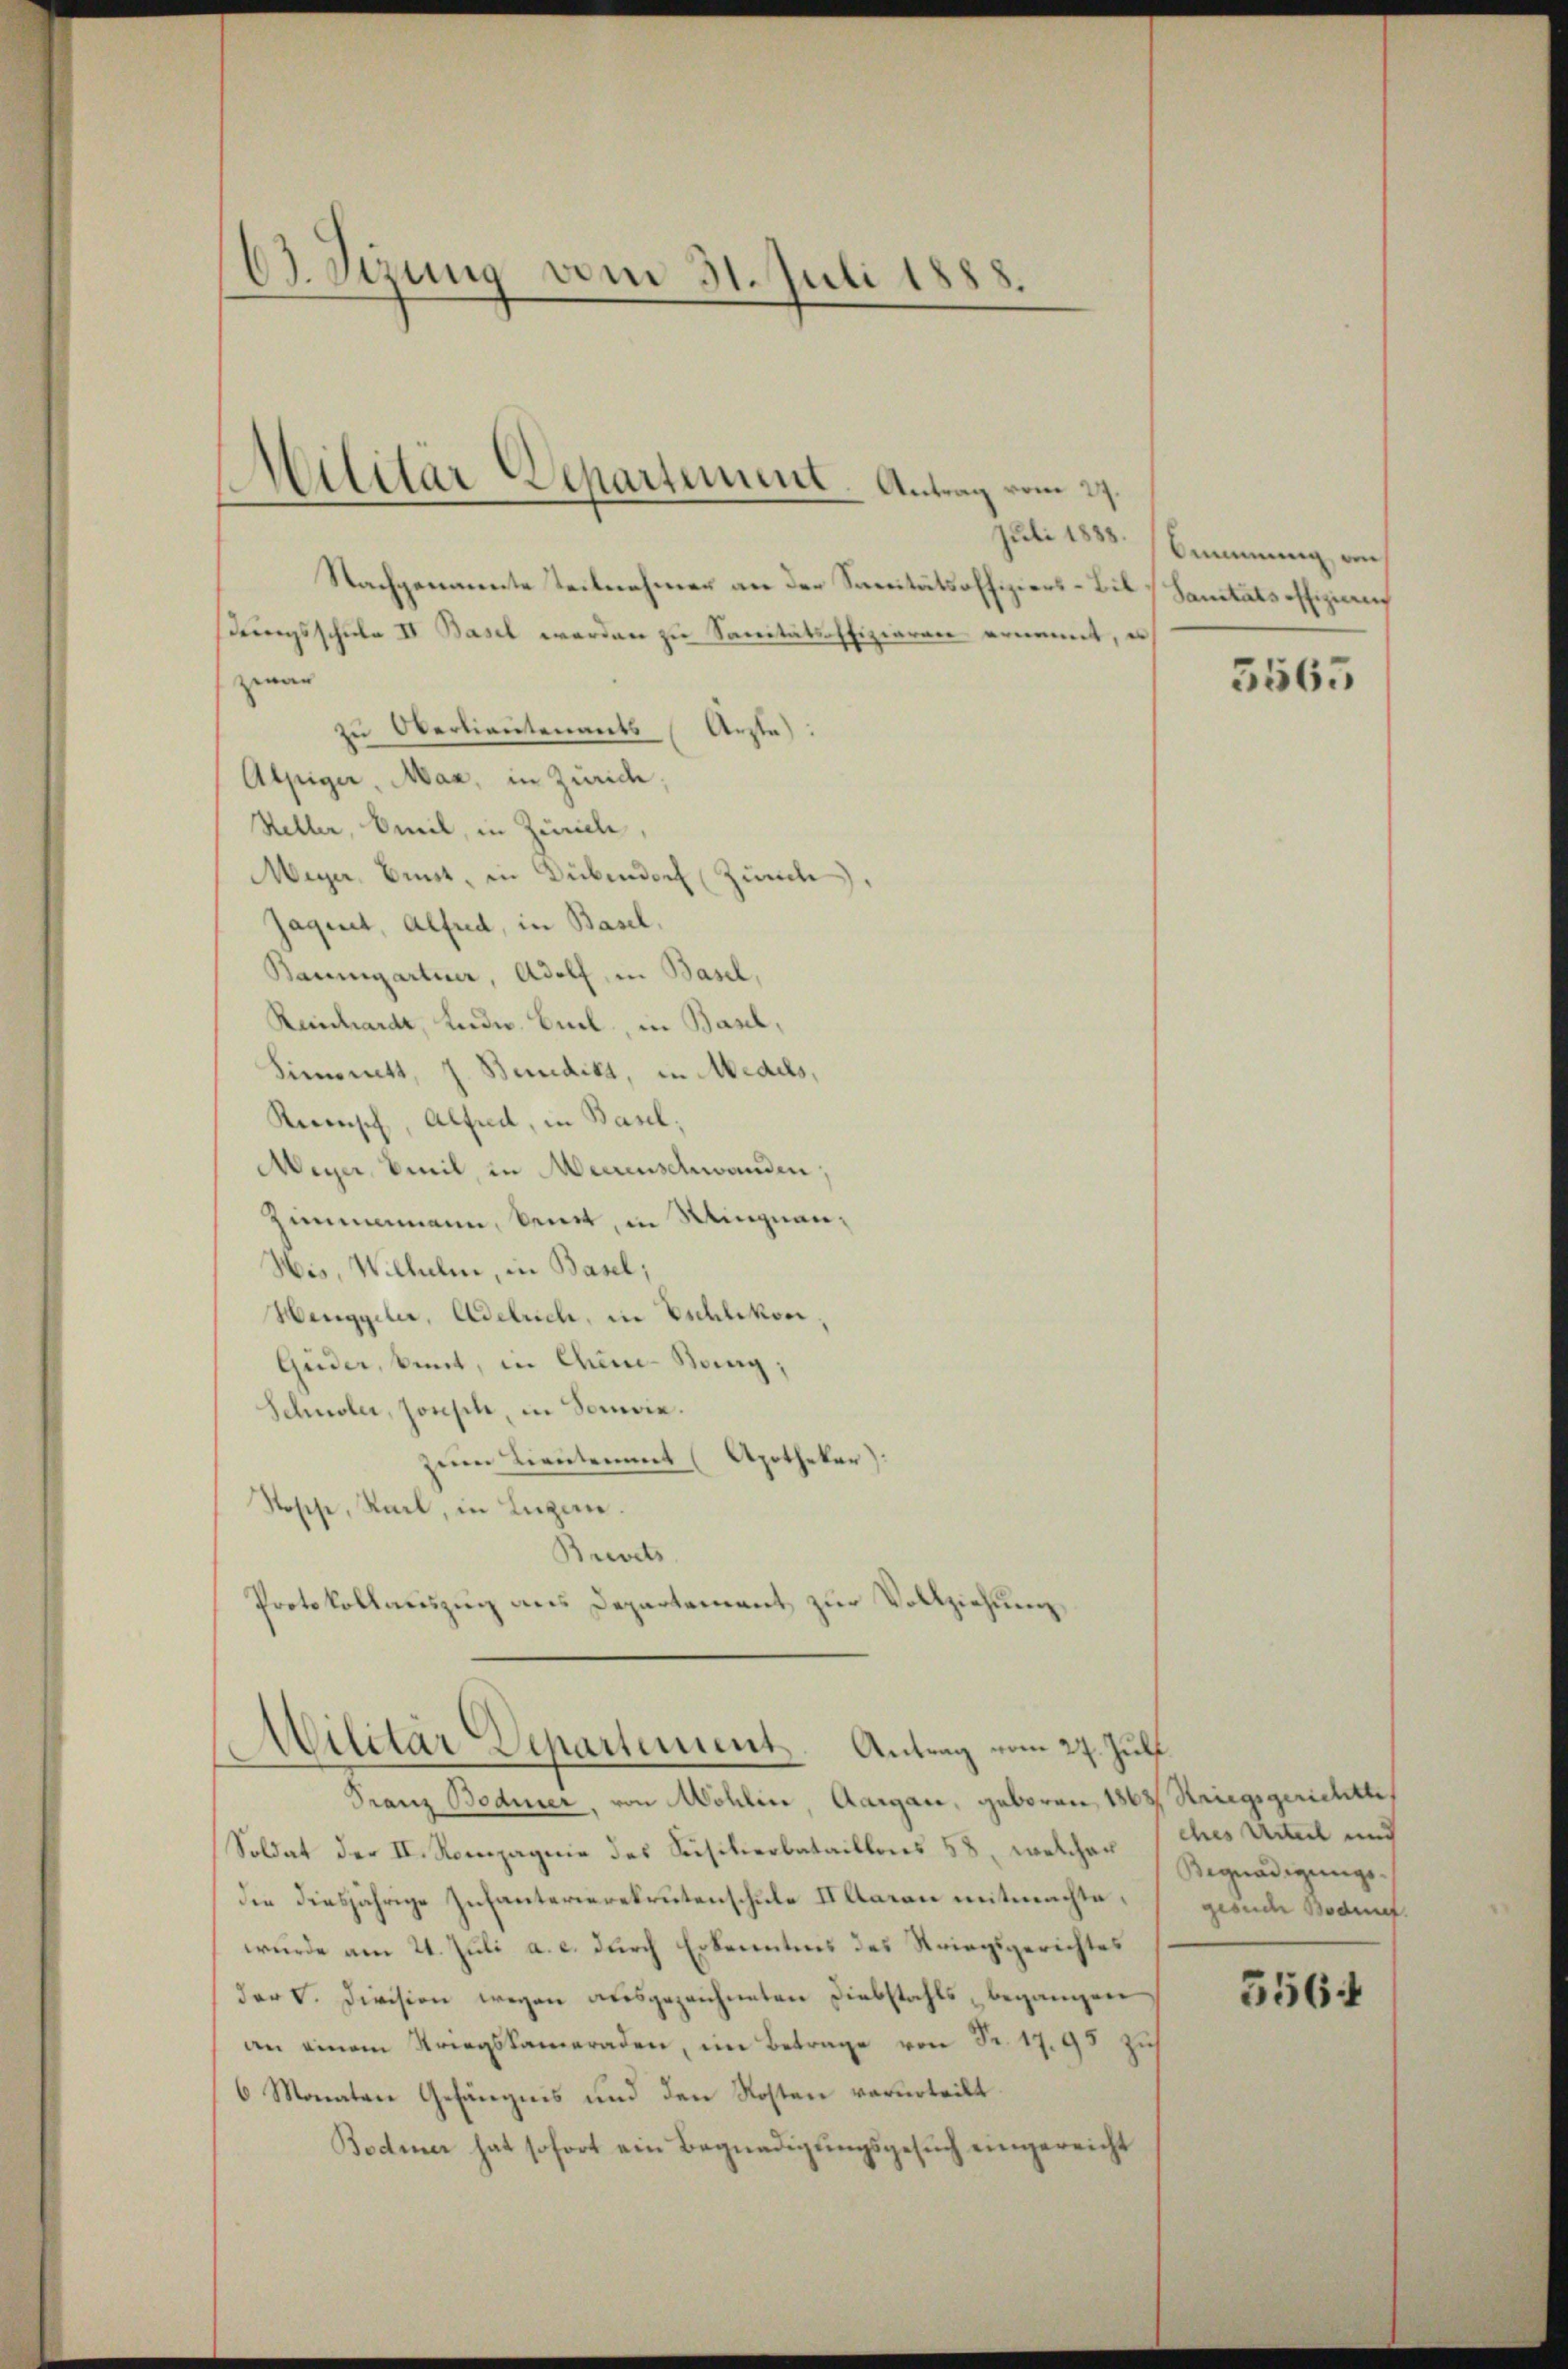
C. Sizung vom 31. Juli 1888.

Militar Departement. Antrag vom 27.
Juli 1888.

Nachgenannte Teilnehmer an der Sanitätsoffiziers-Bib- Sanitätsoffizieru
drungsschicke II Basel werden zu Sanitätsoffizieren ernannt, es
zwar
zu Oberlieutenants Arzte
Alpiger, Man, in Züride;
Heller, Emil, in Züricle,
Meyer, Brust, in Dübendorf (Zürich).
Jaquet, Alfred, in Basel,
Baumgartner, Adolf, in Basel,
Reinhardt, Ende. Biel, in Basel,
Simonett, z. Benedikt, in Medels,
Rerenisch, Alfred, in Basel,
Meyer, Emil, in Meerenschwanden,
Zimmemann, kennt, in Mingnau,
His, Wilhelm, in Basel;
Henggeler, Adelrich, in Eschlikon,
Guder, kint, in Chine-Bang;
Schnoler, Joseph, in Sonnie.
zum Lientement (Apothekar).
Stosse, Karl, in Luzern.
Brevets
Protokollauszug aus Departement zur Vollziehung

Militär Departement. Antrag vom 27. Juli.

Franz Bodmer, von Mohlin, Aargau, geboren, 1868 Kriegsgerichtte
Soldat der II. Rompagnie des Susilierbataillons 58, welcher
die diesjährige Infanterierekrutenschule IIltaran mitmachtewurde am 21. Juli a. c. durch Erkenntnis des Striegsgerichtes
der V. Division wegen ausgezeichneten Diebstahls begangen
an einem Kriegskameraden, im Betrage von Fr. 17.93 zus
6 Monaten Gefängnis und den Kosten verurteilt.
Bodmer hat sofort ein Begnadigungsgesuch eingereicht

Ammnung von

3565

ches Urteil und
Begnadigungs-
gesuche Bodmet.

556: